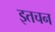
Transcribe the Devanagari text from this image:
इतचन